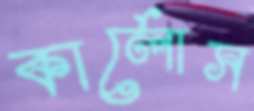
কার্লোস